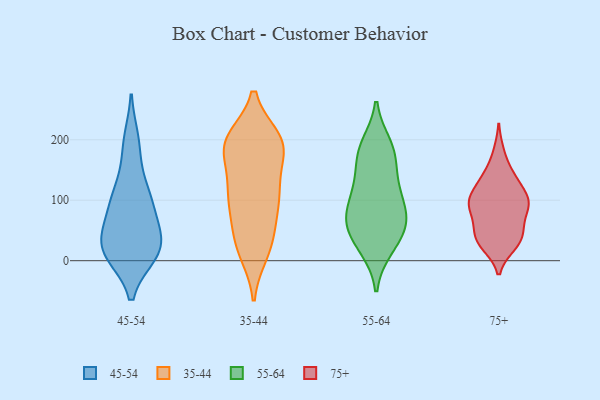
{"axis": {"x": "Customer Acquisition Cost (USD)", "y": "Value"}, "legend": ["35-44", "45-54", "55-64", "75+"], "data": [{"x": "", "y": 14, "type": "45-54"}, {"x": "", "y": 11, "type": "45-54"}, {"x": "", "y": 101, "type": "45-54"}, {"x": "", "y": 135, "type": "45-54"}, {"x": "", "y": 38, "type": "45-54"}, {"x": "", "y": 199, "type": "45-54"}, {"x": "", "y": 31, "type": "45-54"}, {"x": "", "y": 96, "type": "45-54"}, {"x": "", "y": 16, "type": "45-54"}, {"x": "", "y": 11, "type": "45-54"}, {"x": "", "y": 101, "type": "45-54"}, {"x": "", "y": 93, "type": "45-54"}, {"x": "", "y": 56, "type": "45-54"}, {"x": "", "y": 13, "type": "45-54"}, {"x": "", "y": 41, "type": "45-54"}, {"x": "", "y": 190, "type": "45-54"}, {"x": "", "y": 191, "type": "35-44"}, {"x": "", "y": 30, "type": "35-44"}, {"x": "", "y": 198, "type": "35-44"}, {"x": "", "y": 17, "type": "35-44"}, {"x": "", "y": 55, "type": "35-44"}, {"x": "", "y": 112, "type": "35-44"}, {"x": "", "y": 103, "type": "35-44"}, {"x": "", "y": 124, "type": "35-44"}, {"x": "", "y": 121, "type": "35-44"}, {"x": "", "y": 192, "type": "35-44"}, {"x": "", "y": 191, "type": "35-44"}, {"x": "", "y": 193, "type": "35-44"}, {"x": "", "y": 14, "type": "35-44"}, {"x": "", "y": 102, "type": "35-44"}, {"x": "", "y": 200, "type": "35-44"}, {"x": "", "y": 187, "type": "35-44"}, {"x": "", "y": 185, "type": "35-44"}, {"x": "", "y": 96, "type": "35-44"}, {"x": "", "y": 44, "type": "35-44"}, {"x": "", "y": 25, "type": "55-64"}, {"x": "", "y": 191, "type": "55-64"}, {"x": "", "y": 71, "type": "55-64"}, {"x": "", "y": 41, "type": "55-64"}, {"x": "", "y": 21, "type": "55-64"}, {"x": "", "y": 122, "type": "55-64"}, {"x": "", "y": 179, "type": "55-64"}, {"x": "", "y": 164, "type": "55-64"}, {"x": "", "y": 70, "type": "55-64"}, {"x": "", "y": 59, "type": "55-64"}, {"x": "", "y": 185, "type": "55-64"}, {"x": "", "y": 79, "type": "55-64"}, {"x": "", "y": 113, "type": "55-64"}, {"x": "", "y": 71, "type": "55-64"}, {"x": "", "y": 123, "type": "55-64"}, {"x": "", "y": 179, "type": "75+"}, {"x": "", "y": 104, "type": "75+"}, {"x": "", "y": 25, "type": "75+"}, {"x": "", "y": 50, "type": "75+"}, {"x": "", "y": 139, "type": "75+"}, {"x": "", "y": 136, "type": "75+"}, {"x": "", "y": 98, "type": "75+"}, {"x": "", "y": 102, "type": "75+"}, {"x": "", "y": 57, "type": "75+"}, {"x": "", "y": 101, "type": "75+"}, {"x": "", "y": 62, "type": "75+"}, {"x": "", "y": 31, "type": "75+"}, {"x": "", "y": 36, "type": "75+"}, {"x": "", "y": 85, "type": "75+"}, {"x": "", "y": 86, "type": "75+"}, {"x": "", "y": 27, "type": "75+"}, {"x": "", "y": 137, "type": "75+"}, {"x": "", "y": 99, "type": "75+"}]}